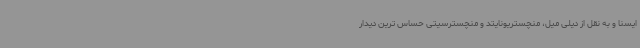
ایسنا و به نقل از دیلی میل، منچستریونایتد و منچسترسیتی حساس ترین دیدار